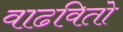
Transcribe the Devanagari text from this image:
वाढवितो